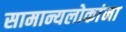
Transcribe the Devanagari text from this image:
सामान्यलोकांना